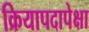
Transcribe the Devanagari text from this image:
क्रियापदापेक्षा